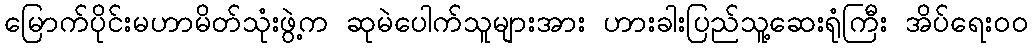
မြောက်ပိုင်းမဟာမိတ်သုံးဖွဲ့က ဆုမဲပေါက်သူများအား ဟားခါးပြည်သူ့ဆေးရုံကြီး အိပ်ရေးဝဝ